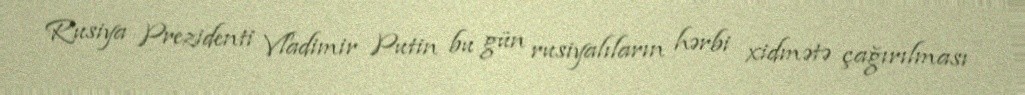
Rusiya Prezidenti Vladimir Putin bu gün rusiyalıların hərbi xidmətə çağırılması